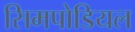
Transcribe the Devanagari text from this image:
सिमपोडियल